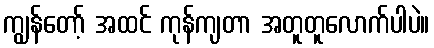
ကျွန်တော့် အထင် ကုန်ကျတာ အတူတူလောက်ပါပဲ။